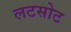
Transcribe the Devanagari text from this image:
लटसोट